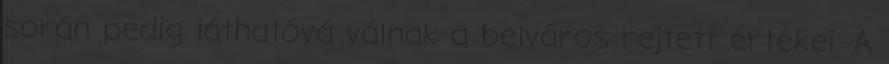
során pedig láthatóvá válnak a belváros rejtett értékei. A